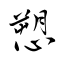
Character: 愬